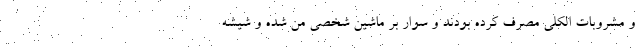
و مشروبات الکلی مصرف کرده بودند و سوار بر ماشین شخصی من شده و شیشه